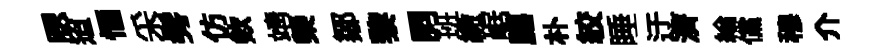
腮迢愐采髣仿欸靖榮鄒黎詞班繳崌臈朴絞睡迂濟綸儻穆介